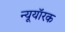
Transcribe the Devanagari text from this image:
न्यूयॉरक